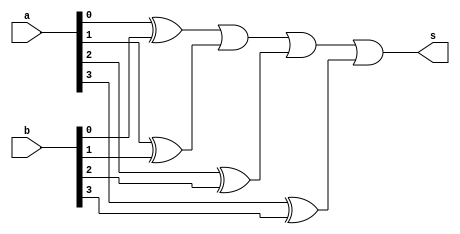
// ------------------------- 
// Exemplo0024  Comparador de Diferenca
// Nome: Miller 
// ------------------------- 
// Exercicio 4
// ------------------------- 
//  Comparador de Diferenca
// -------------------------

module cmpIguais(output s, input[3:0] a, input[3:0] b);
assign s = ( (a[0]^b[0])|(a[1]^b[1])|(a[2]^b[2])|(a[3]^b[3]) );

endmodule

module variaveis;

reg[3:0] a,b;
wire s;

cmpIguais Main(s, a, b);

initial begin:start
a=4'b0000; b=4'b1111;
end

initial begin

$display("Miller 449048");
$display("Teste de comparador de diferenca.");
$display("");
$monitor("%b e %b sao diferentes? (%b)", a, b, s);

#1 a=4'b0000; b=4'b1111;
#1 a=4'b0011; b=4'b1111;
#1 a=4'b1000; b=4'b1111;
#1 a=4'b0110; b=4'b0011;
#1 a=4'b0100; b=4'b0100;
#1 a=4'b0000; b=4'b0000;

end
endmodule